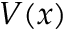
V ( x )